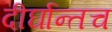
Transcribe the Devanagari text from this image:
दीर्घान्तच